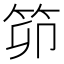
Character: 笷